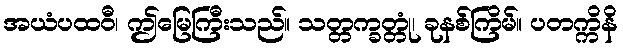
အယံပထဝီ၊ ဤမြေကြီးသည်။ သတ္တက္ခတ္တုံ၊ ခုနစ်ကြိမ်။ ပတက္ကိနိ